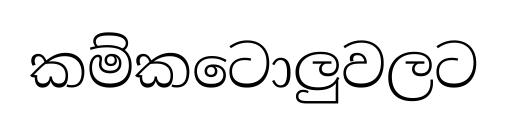
කම්කටොලුවලට